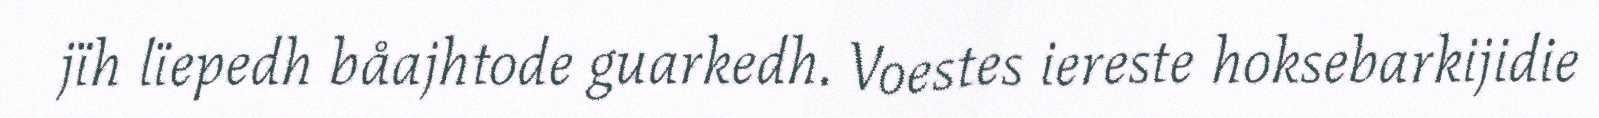
jïh lïepedh båajhtode guarkedh. Voestes iereste hoksebarkijidie